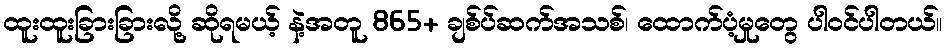
ထူးထူးခြားခြားလို့ ဆိုရမယ့် နဲ့အတူ 865+ ချစ်ပ်ဆက်အသစ်၊ ထောက်ပံ့မှုတွေ ပါဝင်ပါတယ်။